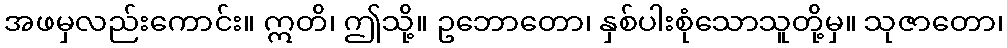
အဖမှလည်းကောင်း။ ဣတိ၊ ဤသို့။ ဥဘောတော၊ နှစ်ပါးစုံသောသူတို့မှ။ သုဇာတော၊